Annual statistical returns and brief notes on vaccination in Bengal - 1887-1898
Year: 1887
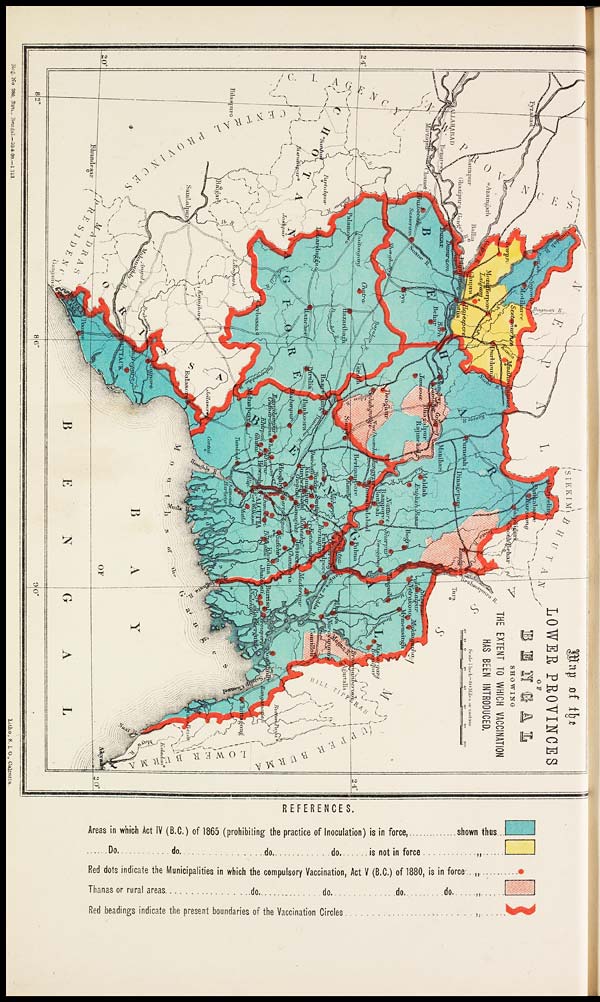
REFERENCES.
Reg.No 280, San. . Bengal.—20-8-90—1313
Litho., S. I. O., Calcutta.